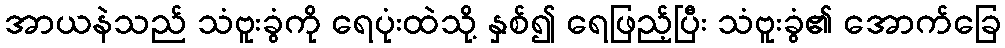
အာယနဲသည် သံဗူးခွံကို ရေပုံးထဲသို့ နှစ်၍ ရေဖြည့်ပြီး သံဗူးခွံ၏ အောက်ခြေ